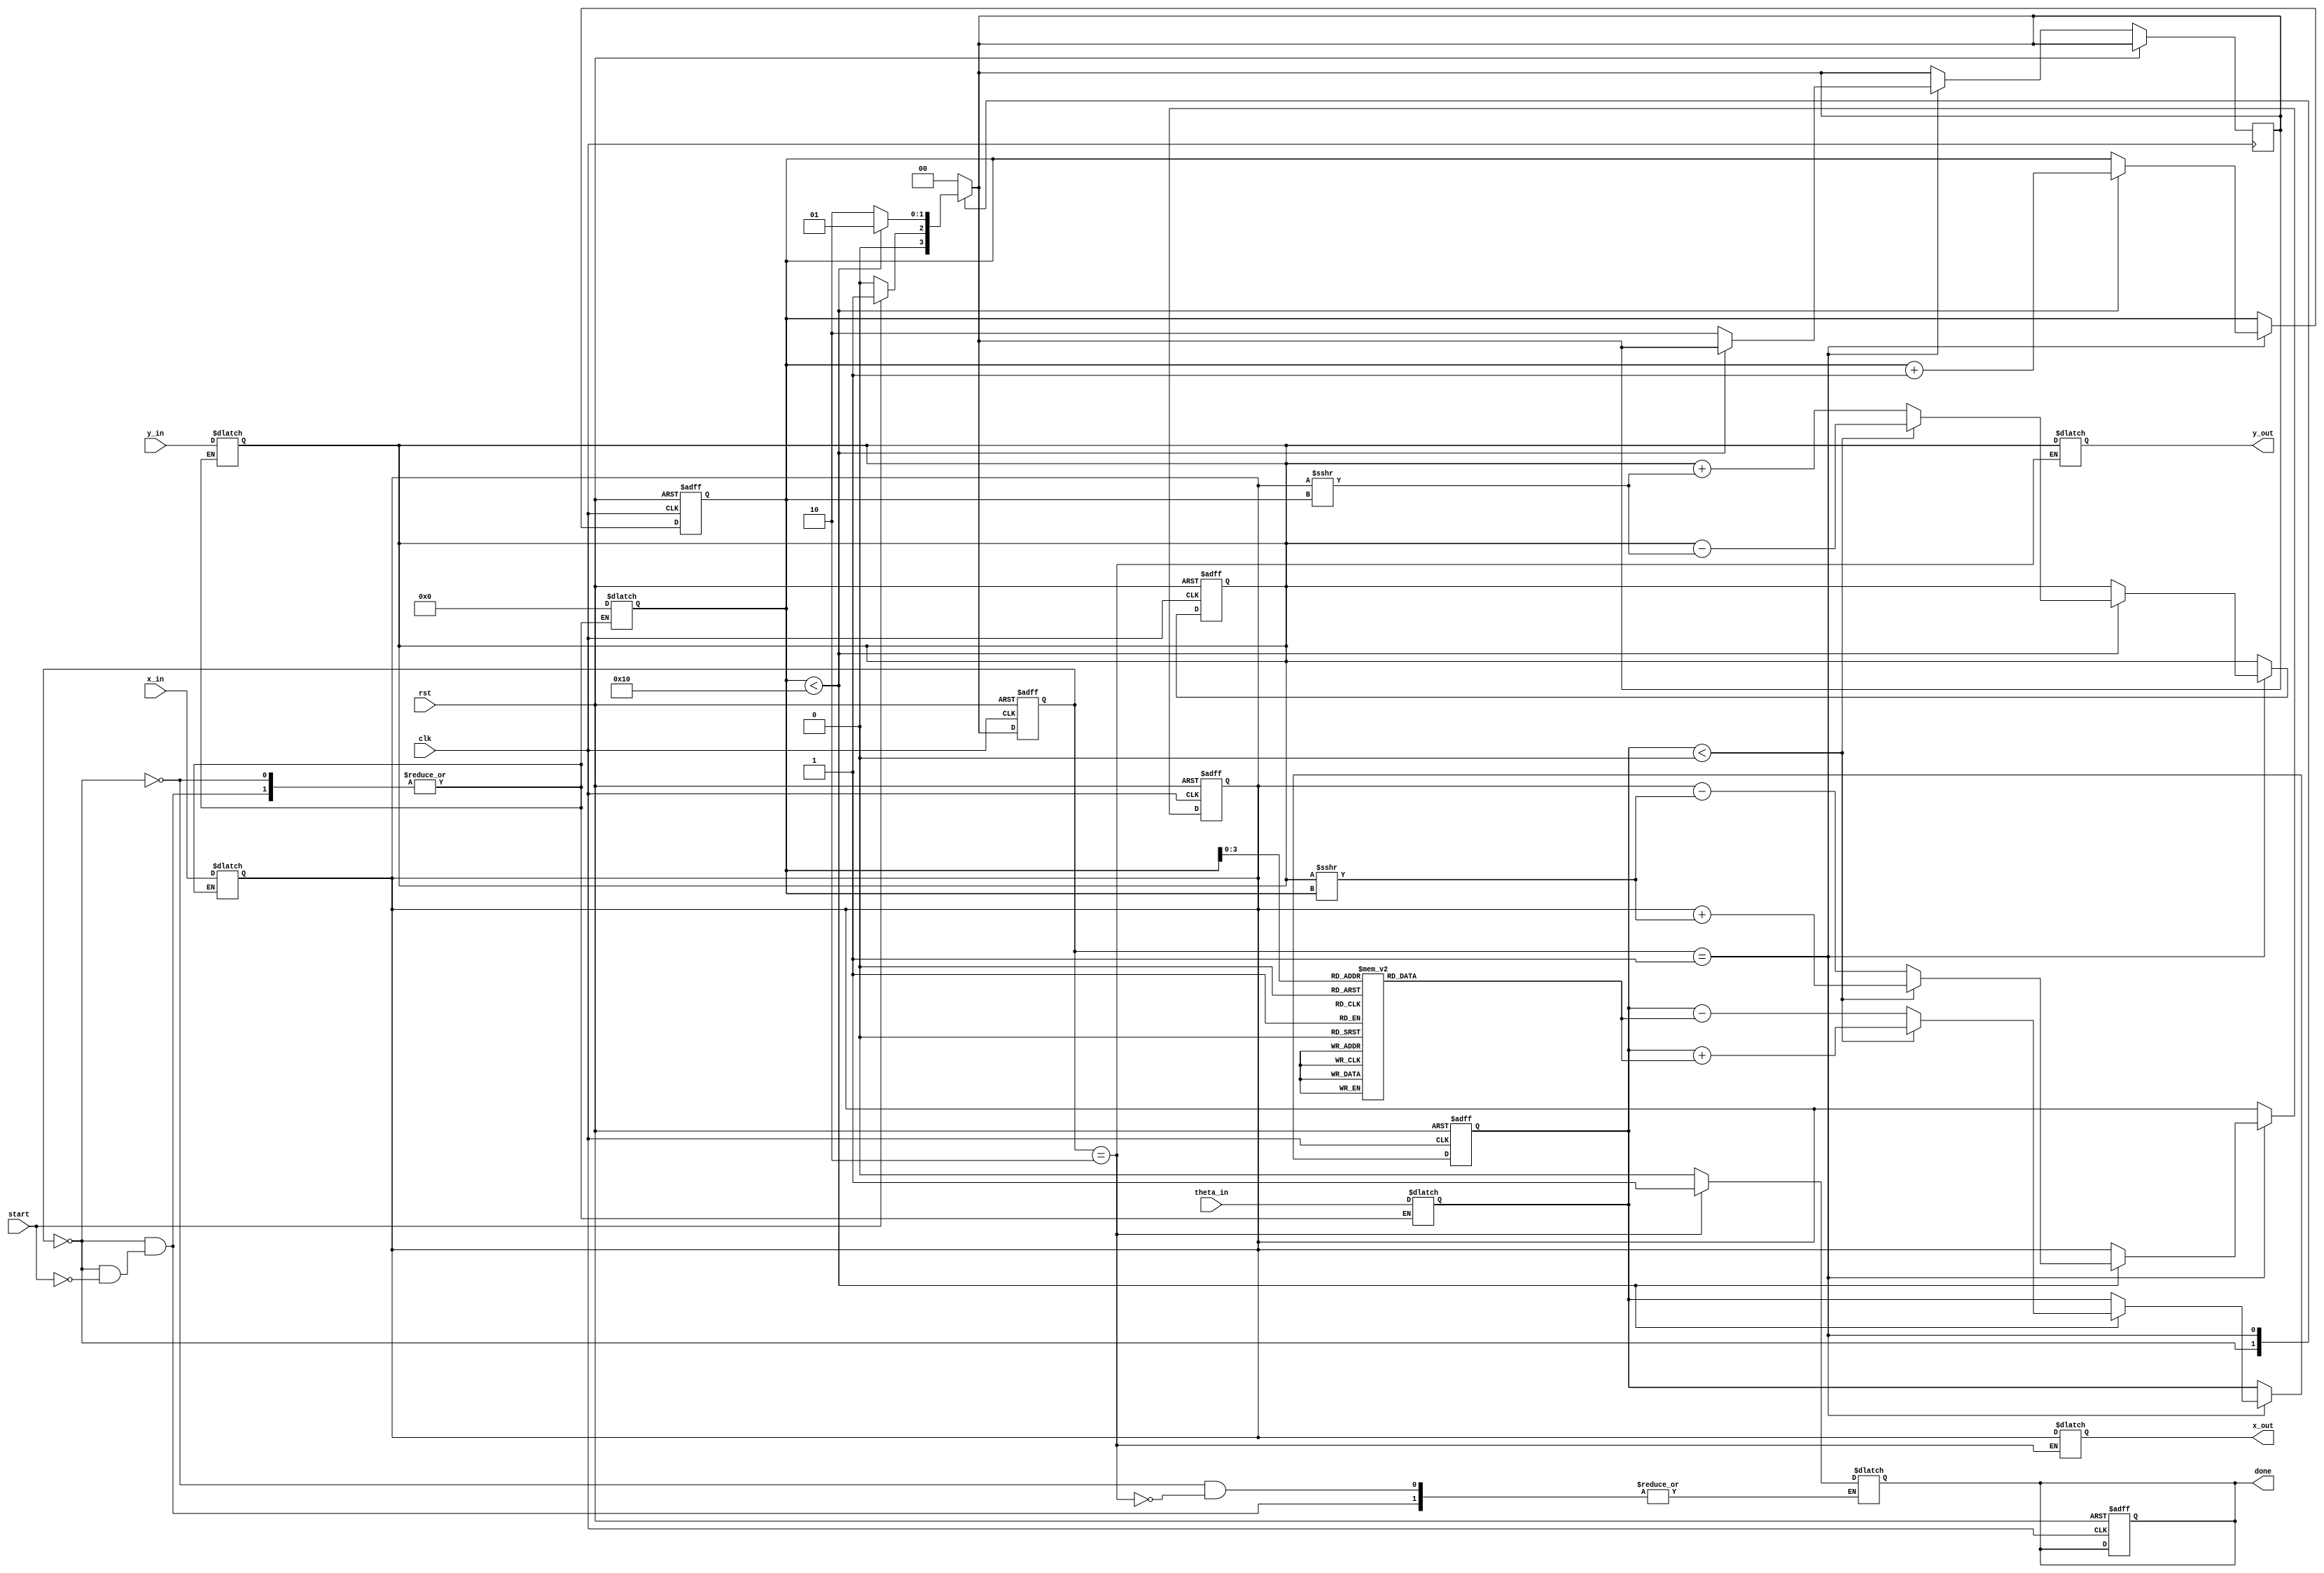
module CORDIC #(
    parameter WIDTH_X = 16,  // Width of x coordinate
    parameter WIDTH_Y = 16,  // Width of y coordinate
    parameter WIDTH_ANGLE = 16, // Width of angle input
    parameter N_ITER = 16 // Number of iterations
)(
    input wire clk,
    input wire rst,
    input wire [WIDTH_ANGLE-1:0] theta_in, // Input angle
    input wire [WIDTH_X-1:0] x_in,         // Initial x coordinate
    input wire [WIDTH_Y-1:0] y_in,         // Initial y coordinate
    input wire start,                       // Start signal
    output reg [WIDTH_X-1:0] x_out,        // Output x coordinate
    output reg [WIDTH_Y-1:0] y_out,        // Output y coordinate
    output reg done                        // Done signal
);

    // CORDIC rotation angles (arctan(2^-i))
    reg [WIDTH_ANGLE-1:0] atan_table [0:N_ITER-1];
    initial begin
        atan_table[0] = 16'h2000; // atan(1) = 45 degrees
        atan_table[1] = 16'h1000; // atan(0.5) = 26.565 degrees
        atan_table[2] = 16'h0800; // atan(0.25) = 14.036 degrees
        atan_table[3] = 16'h0400; // atan(0.125) = 7.125 degrees
        // ... Fill in the rest of the atan values up to N_ITER
        // atan_table[4] to atan_table[15]
    end

    // State machine states
    localparam IDLE = 2'b00,
               RUN  = 2'b01,
               DONE = 2'b10;

    reg [1:0] state, next_state;
    reg [4:0] iter_count; // Iteration counter
    reg signed [WIDTH_X-1:0] x_reg, y_reg;
    reg signed [WIDTH_ANGLE-1:0] theta_reg;

    // CORDIC Iteration Logic
    always @(posedge clk or posedge rst) begin
        if (rst) begin
            state <= IDLE;
            done <= 0;
            iter_count <= 0;
            x_reg <= 0;
            y_reg <= 0;
            theta_reg <= 0;
        end else begin
            state <= next_state;
            if (state == RUN) begin
                if (iter_count < N_ITER) begin
                    if (theta_reg < 0) begin
                        x_reg <= x_reg + (y_reg >>> iter_count);
                        y_reg <= y_reg - (x_reg >>> iter_count);
                        theta_reg <= theta_reg + atan_table[iter_count];
                    end else begin
                        x_reg <= x_reg - (y_reg >>> iter_count);
                        y_reg <= y_reg + (x_reg >>> iter_count);
                        theta_reg <= theta_reg - atan_table[iter_count];
                    end
                    iter_count <= iter_count + 1;
                end else begin
                    next_state <= DONE;
                end
            end
        end
    end

    // State machine transitions
    always @(*) begin
        case (state)
            IDLE: begin
                if (start) begin
                    next_state = RUN;
                    x_reg = x_in;
                    y_reg = y_in;
                    theta_reg = theta_in;
                    iter_count = 0;
                    done = 0;
                end else begin
                    next_state = IDLE;
                end
            end
            RUN: begin
                if (iter_count < N_ITER) begin
                    next_state = RUN;
                end else begin
                    next_state = DONE;
                end
            end
            DONE: begin
                x_out = x_reg; // Output the final x value
                y_out = y_reg; // Output the final y value
                done = 1;      // Indicate completion
                next_state = IDLE; // Return to IDLE
            end
            default: next_state = IDLE;
        endcase
    end

endmodule